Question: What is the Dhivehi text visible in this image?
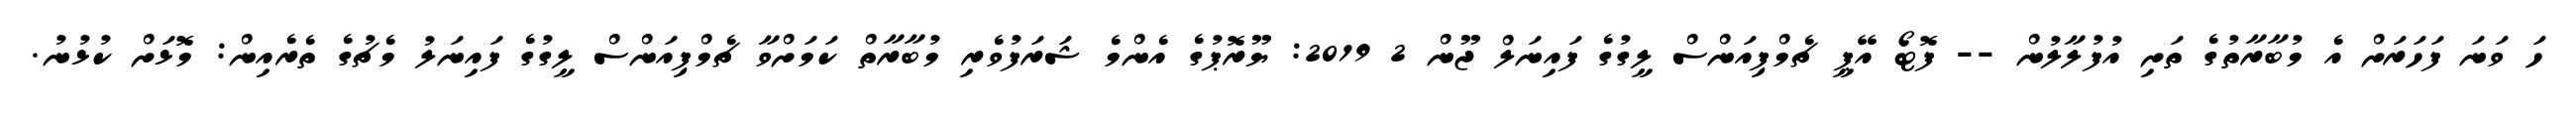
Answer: ހަ ވަނަ ފަހަރަށް އެ މުބާރާތުގެ ތަށި އުފުލާލުން -- ފޮޓޯ އޭޕީ ޗެމްޕިއަންސް ލީގުގެ ފައިނަލް ޖޫން 2 2019: ޔޫރޮޕުގެ އެންމެ ޝަރަފުވެރި މުބާރާތް ކަމަށްވާ ޗެމްޕިއަންސް ލީގުގެ ފައިނަލު މެޗުގެ ތެރެއިން: މޮޅަށް ކުޅުނު.